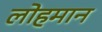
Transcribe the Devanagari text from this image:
लोहमान